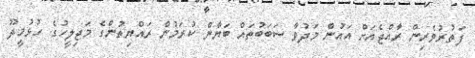
ފަތުރުވެރިން ރާއްޖެއަށް އައުން މަދުވާ ސަބަބުތައް ބަޔާން ކުރަމުން ރައްޔިތުންގެ މަޖިލީހުގެ ހުޅުމީދޫ